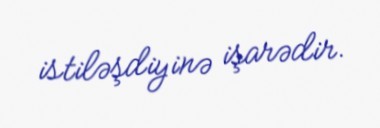
istiləşdiyinə işarədir.